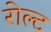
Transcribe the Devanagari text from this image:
रोल्ट